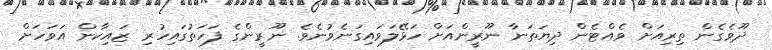
ދޫވެގެން ތިރިއަށް ވެއްޓެން ދިޔަތަނާ ނޫރީންއަށް ހަޅޭލަވައިގަނެވުނެވެ. ނޫރީންގެ ފަހަތުގައިހުރި ޒައިކާން އަވަހަށް